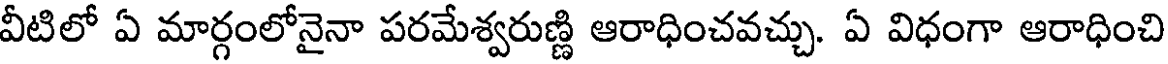
వీటిలో ఏ మార్గంలోనైనా పరమేశ్వరుణ్ణి ఆరాధించవచ్చు. ఏ విధంగా ఆరాధించి